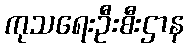
ကုသရေးဦးစီးဌာန